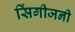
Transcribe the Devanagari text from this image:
सिंगीजनी